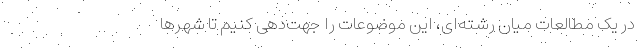
در یک مطالعات میان رشته‌ای، این موضوعات را جهت‌دهی کنیم تا شهرها